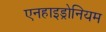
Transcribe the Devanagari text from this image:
एनहाइड्रोनियम